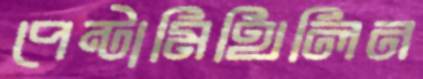
পেন্টামিথিলিন